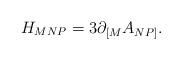
LaTeX: \begin{align*}{H_{MNP} = 3\partial_{\lbrack M} A_{NP\rbrack}.}\end{align*}